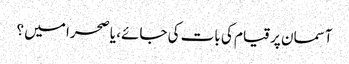
آسمان پر قیام کی بات کی جائے، یا صحرا میں ؟